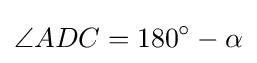
\angle ADC=180^{\circ }-\alpha